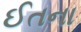
ઈતના